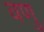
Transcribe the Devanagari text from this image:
वणु